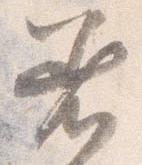
着